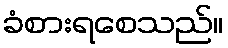
ခံစားရစေသည်။